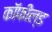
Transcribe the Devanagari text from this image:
कॉफील्ड